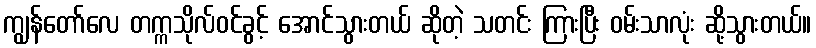
ကျွန်တော်လေ တက္ကသိုလ်ဝင်ခွင့် အောင်သွားတယ် ဆိုတဲ့ သတင်း ကြားပြီး ဝမ်းသာလုံး ဆို့သွားတယ်။